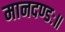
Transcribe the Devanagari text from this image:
मानदण्डः॥